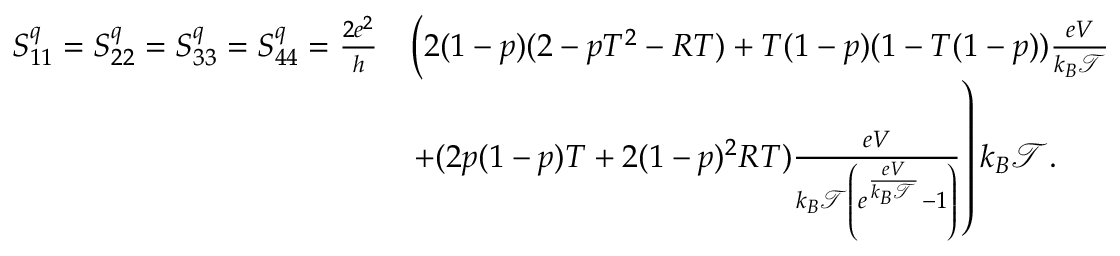
\begin{array} { r l } { S _ { 1 1 } ^ { q } = S _ { 2 2 } ^ { q } = S _ { 3 3 } ^ { q } = S _ { 4 4 } ^ { q } = \frac { 2 e ^ { 2 } } { h } } & { \left( 2 ( 1 - p ) ( 2 - p T ^ { 2 } - R T ) + T ( 1 - p ) ( 1 - T ( 1 - p ) ) \frac { e V } { k _ { B } \mathcal { T } } \right. } \\ & { \left. + ( 2 p ( 1 - p ) T + 2 ( 1 - p ) ^ { 2 } R T ) \frac { e V } { k _ { B } \mathcal { T } \left( e ^ { \frac { e V } { k _ { B } \mathcal { T } } } - 1 \right) } \right) k _ { B } \mathcal { T } . } \end{array}